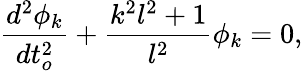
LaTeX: \frac{d^{2}\phi_{k}}{dt_{o}^{2}}+\frac{k^{2}l^{2}+1}{l^{2}}\phi_{k}=0,